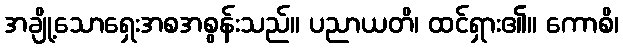
အချို့သောရှေးအစအစွန်းသည်။ ပညာယတိ၊ ထင်ရှား၏။ ကောစိ၊